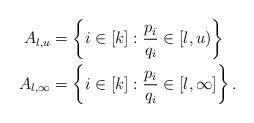
LaTeX: \begin{align*}A_{l,u} &= \left\{ i \in [k]: \frac{p_i}{q_i} \in [l,u) \right\} \,\, \,\,\\ A_{l,\infty} &= \left\{ i \in [k]: \frac{p_i}{q_i} \in [l,\infty] \right\}.\end{align*}